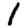
Digit: 1